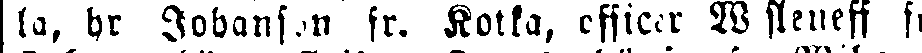
ta, hr Johansson fr. Kotka, officer W sleneff fr